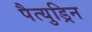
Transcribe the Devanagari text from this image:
पैत्युड्रिन